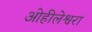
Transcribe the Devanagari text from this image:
ओहीलेश्वरा